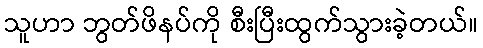
သူဟာ ဘွတ်ဖိနပ်ကို စီးပြီးထွက်သွားခဲ့တယ်။